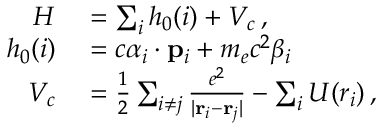
\begin{array} { r l } { H } & { { } = \sum _ { i } h _ { 0 } ( i ) + V _ { c } \, , } \\ { h _ { 0 } ( i ) } & { { } = c \boldsymbol { \alpha } _ { i } \cdot { \bf p } _ { i } + m _ { e } c ^ { 2 } \beta _ { i } } \\ { V _ { c } } & { { } = \frac 1 2 \sum _ { i \neq j } \frac { e ^ { 2 } } { | { \bf r } _ { i } - { \bf r } _ { j } | } - \sum _ { i } U ( r _ { i } ) \, , } \end{array}